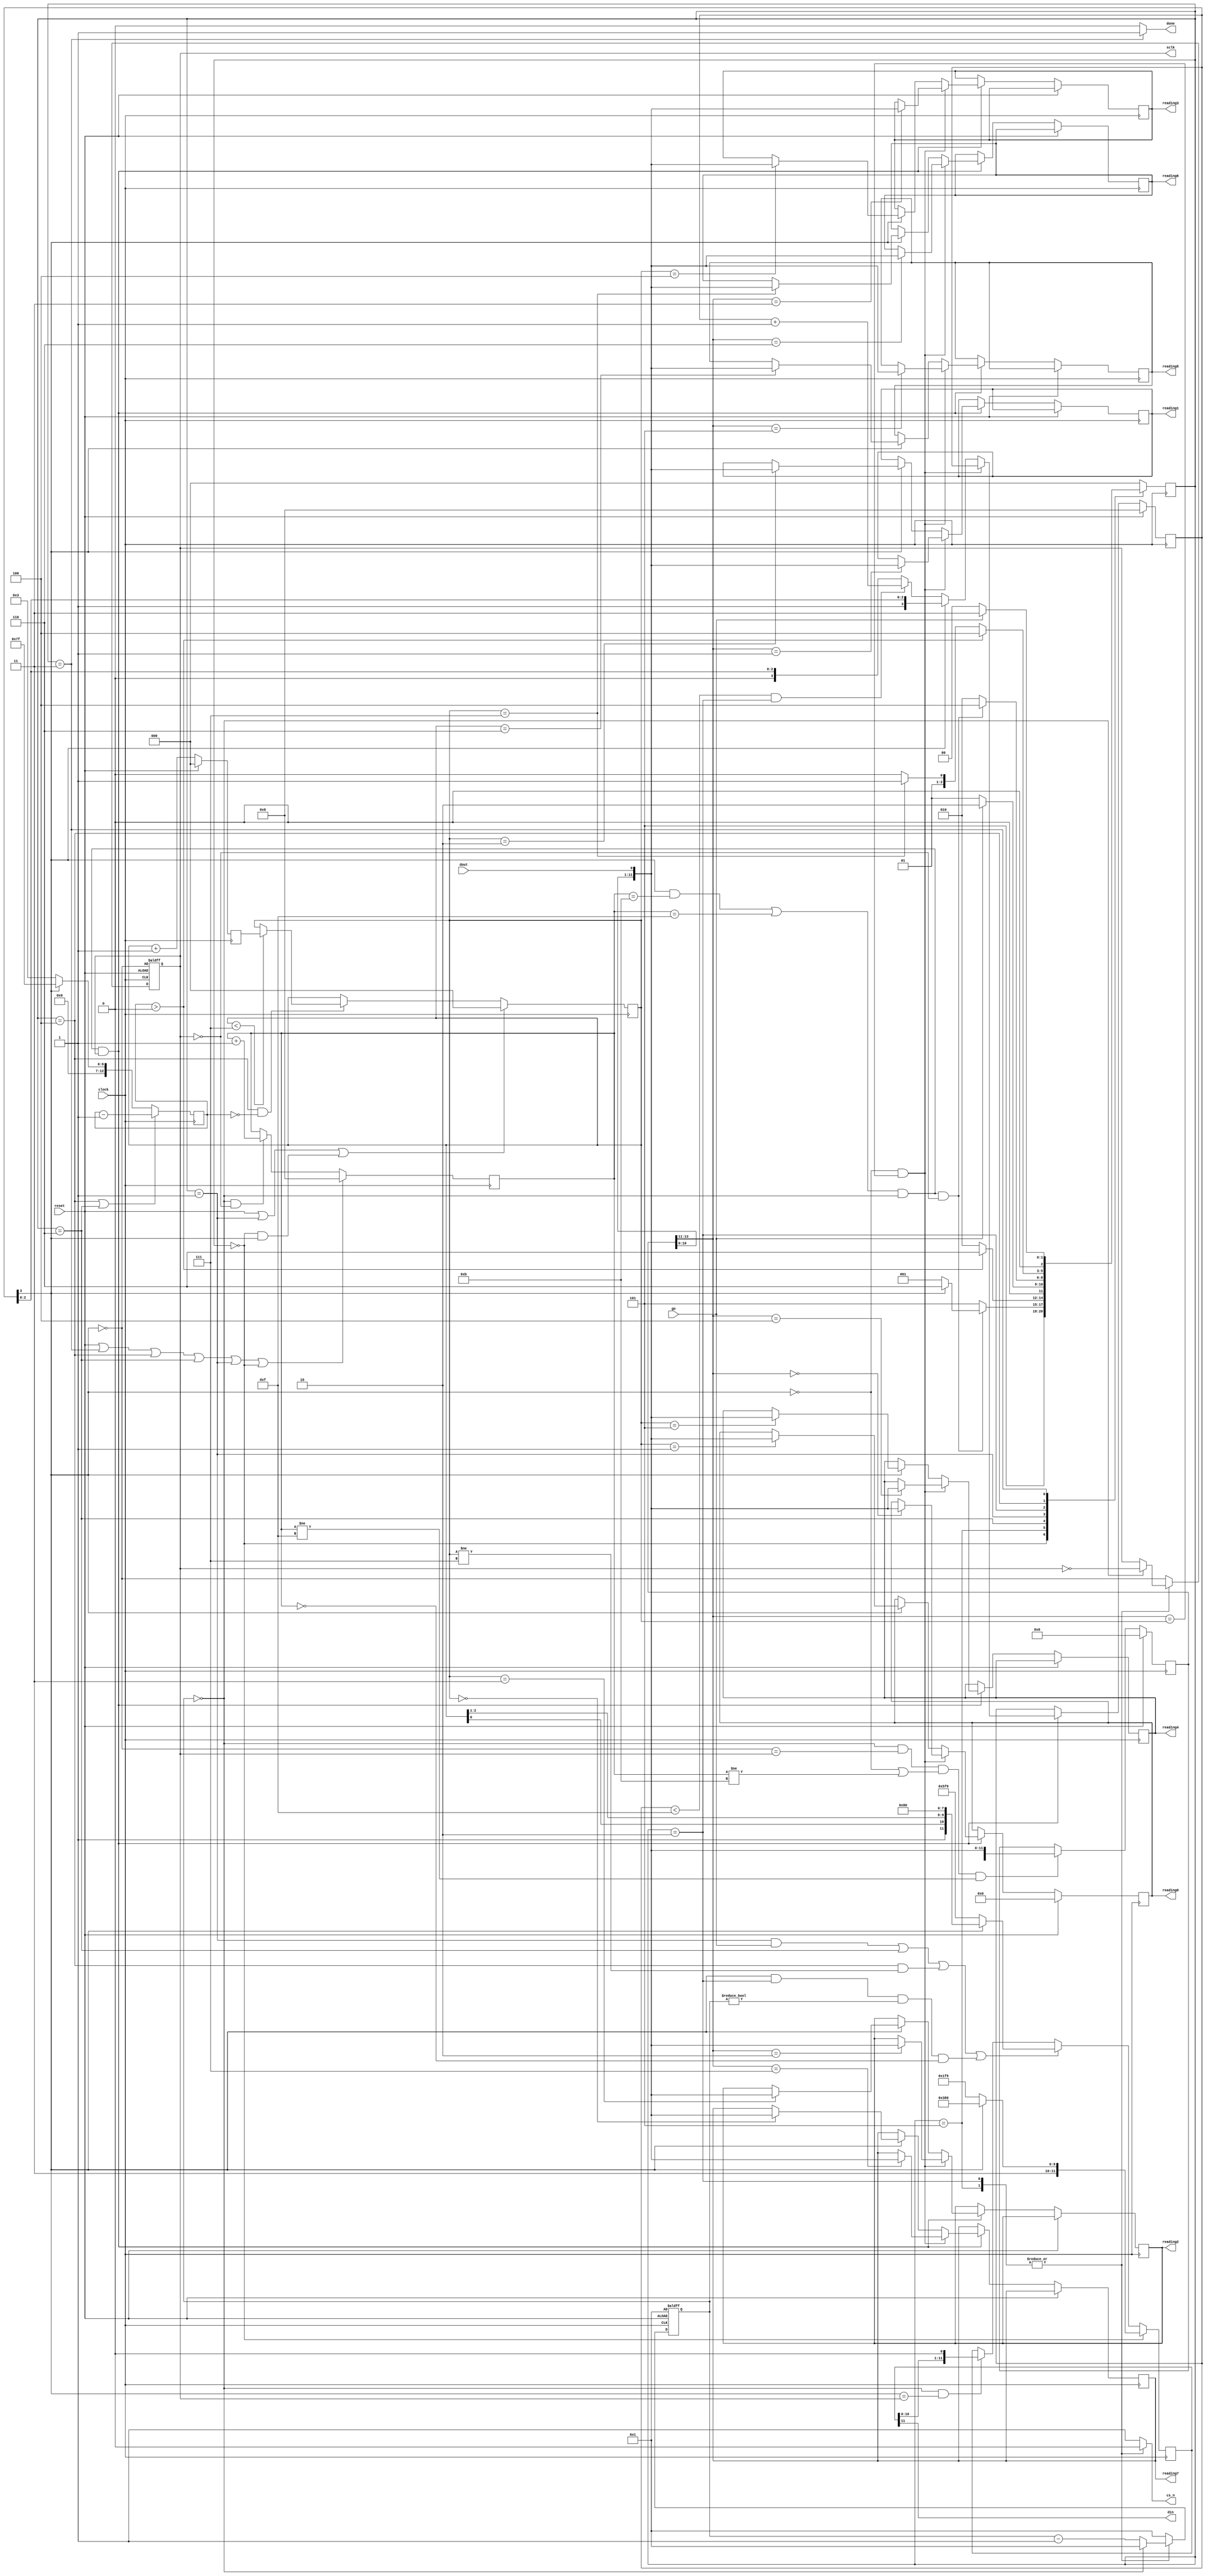
// THIS FILE IS PROVIDED "AS IS", WITHOUT WARRANTY OF ANY KIND, EXPRESS OR
// IMPLIED, INCLUDING BUT NOT LIMITED TO THE WARRANTIES OF MERCHANTABILITY,
// FITNESS FOR A PARTICULAR PURPOSE AND NONINFRINGEMENT. IN NO EVENT SHALL
// THE AUTHORS OR COPYRIGHT HOLDERS BE LIABLE FOR ANY CLAIM, DAMAGES OR OTHER
// LIABILITY, WHETHER IN AN ACTION OF CONTRACT, TORT OR OTHERWISE, ARISING
// FROM, OUT OF OR IN CONNECTION WITH THIS FILE OR THE USE OR OTHER DEALINGS
// IN THIS FILE.

//  - - - - - - - - - -ADC- - - - - - - - - - - - - - -
module altera_up_avalon_de1_soc_adv_adc (clock, reset, go, sclk, cs_n, din, dout, done, reading0, reading1, 
						reading2, reading3, reading4, reading5, reading6, reading7);
input go, dout, clock, reset;

output reg done;
output reg sclk, din, cs_n;
output reg [11:0] reading0, reading1, reading2, reading3, reading4, reading5, reading6, reading7;

parameter T_SCLK = 8'd4;
parameter NUM_CH = 3'd7;
//FSM state values
parameter resetState = 3'd0, waitState=3'd1, transState=3'd2, doneState=3'd3, pauseState=3'd4, initCtrlRegState=3'd5, pauseStateNoAddrIncr=3'd6;

reg [2:0] currState, nextState;
reg [14:0] dout_shift_reg;
reg [11:0] din_shift_reg;
reg [7:0] counter;
reg [12:0] pause_counter;
reg [3:0] sclk_counter;
reg [2:0] address, next_addr;

reg [3:0] ad_or_ltc_error_count = 4'd0;

// if AD7928 chip, isLTC == 0. if LTC 2308 chip, isLTC == 1.
wire isLTC = ad_or_ltc_error_count[3];

wire transStateComplete = ((isLTC && sclk_counter==4'd11) || sclk_counter==4'd15) && counter==0;

always @(posedge clock)
	currState <=nextState;
	
// - - - - -NextState Selection Logic - - - - - - - -
	always @(*)
	begin
		din = din_shift_reg[11];
		if (reset)
			nextState=resetState;
		case (currState)
			resetState:begin
				cs_n=1;
				done=0;
				/*if (isLTC)
					nextState=waitState;
				else*/
					nextState=initCtrlRegState;
			end
			initCtrlRegState:begin
				cs_n=0;
				done=0;
				if (transStateComplete && !sclk)
					if (isLTC)
						nextState = pauseStateNoAddrIncr;
					else
						nextState = waitState;
				else
					nextState=initCtrlRegState;
			end
			pauseStateNoAddrIncr:begin
				cs_n=1;
				done=0;
				if (pause_counter > 13'd0)
					nextState=pauseStateNoAddrIncr;
				else
					nextState=transState;
			end
			waitState:begin
				cs_n=1;
				done=0;
				if (go)
					nextState=transState;
				else
					nextState=waitState;
			end
			transState:begin
				cs_n=0;
				done=0;
				if (transStateComplete && !sclk)
					nextState=pauseState;
				else
					nextState=transState;
			end
			// pause state must be >= 50ns! This is the "tquiet" required between conversions (or tCONV = 1.6us for LTC)
			pauseState:begin
				cs_n=1;
				done=0;
				if (pause_counter > 13'd0)
					nextState=pauseState;
				else if(address==NUM_CH[2:0])
					nextState=doneState;
				else
					nextState=transState;
			end
			doneState:begin
				cs_n=1;
				done=1;
				if (go)
					nextState=doneState;
				else
					nextState=resetState;
			end
			default:begin
				cs_n=1;
				done=0;
				nextState = resetState;
			end
		endcase
	end
// - - - - - - - - - pause counter logic - - - - - - - - - - 
	always @(posedge clock)
	if (currState == pauseState || currState == pauseStateNoAddrIncr)
		pause_counter <= pause_counter - 13'd1;
	else 
		// T_SCLK is such that T_SCLK cycles of clock -> 20MHz or less SCLK.
		if (isLTC)
			pause_counter <= {T_SCLK[7:1],5'd0,(T_SCLK[0]&&sclk)}-8'd1;
		else
			pause_counter <= {5'd0,T_SCLK[7:1],(T_SCLK[0]&&sclk)}-8'd1;
// - - - - - - - - - counter logic - - - - - - - - - - 
	always @(posedge clock or posedge reset)
	if (reset)
		counter <= T_SCLK[7:1]+(T_SCLK[0]&&sclk)-8'd1;
	else if (cs_n)
		counter <= T_SCLK[7:1]+(T_SCLK[0]&&sclk)-8'd1;
	else if (counter == 0)
		counter <= T_SCLK[7:1]+(T_SCLK[0]&&sclk)-8'd1;
	else
		counter <= counter - 8'b1;
// - - - - - - - - ADC_SCLK generation - - - - - - - - - 
	always @(posedge clock or posedge reset)
	if (reset)
		sclk <= ~isLTC;
	else if (cs_n)
		sclk <= ~isLTC;
	else if (counter == 0)
		sclk <= ~sclk;
// - - - - - - - - - - - sclk_counter logic - - - - - - - -
	always @ (posedge clock)
		if (reset || currState == doneState || currState == pauseState || currState == pauseStateNoAddrIncr || currState == waitState || currState == resetState)
			sclk_counter <=4'b0;
		else if (counter == 0 && !sclk)
			sclk_counter <= sclk_counter + 4'b1;
// - - - - - - - - - - readings logic - - - - - - - - - -
	always @(posedge clock)
		if (reset)
		begin
			reading0 <= 12'd0;
			//ad_or_ltc <= 1'b0;
			ad_or_ltc_error_count <= 4'd0;
		end
		else if (transStateComplete && sclk)
		begin
			if (!isLTC && dout_shift_reg[13:11] == address)
				case (dout_shift_reg[13:11])
					3'd0: reading0 <= {dout_shift_reg[10:0],dout}; // should be {dout_shift_reg[10:0],dout}
					3'd1: reading1 <= {dout_shift_reg[10:0],dout};
					3'd2: reading2 <= {dout_shift_reg[10:0],dout};
					3'd3: reading3 <= {dout_shift_reg[10:0],dout};
					3'd4: reading4 <= {dout_shift_reg[10:0],dout};
					3'd5: reading5 <= {dout_shift_reg[10:0],dout};
					3'd6: reading6 <= {dout_shift_reg[10:0],dout};
					3'd7: reading7 <= {dout_shift_reg[10:0],dout};
				endcase
			else if (isLTC)
				case (address)
					3'd0: reading7 <= {dout_shift_reg[10:0],dout}; // should be {dout_shift_reg[10:0],dout}
					3'd1: reading0 <= {dout_shift_reg[10:0],dout};
					3'd2: reading1 <= {dout_shift_reg[10:0],dout};
					3'd3: reading2 <= {dout_shift_reg[10:0],dout};
					3'd4: reading3 <= {dout_shift_reg[10:0],dout};
					3'd5: reading4 <= {dout_shift_reg[10:0],dout};
					3'd6: reading5 <= {dout_shift_reg[10:0],dout};
					3'd7: reading6 <= {dout_shift_reg[10:0],dout};
				endcase

			else if (ad_or_ltc_error_count < 4'd15 && currState == transState)
				ad_or_ltc_error_count <= ad_or_ltc_error_count + 4'd1;
				//ad_or_ltc <= 1'b1;
		end
// - - - - - - - - - address logic - - - - - - - - -
	always @(posedge clock)
		if (reset || currState == waitState || (currState == resetState && isLTC))
			address <= 3'd0;
		else if (currState == pauseState && pause_counter == 13'd0)
			if (address < NUM_CH[2:0])
				address <= next_addr;
			/*if (address >= NUM_CH[2:0])
				address <= 3'd0;
			else
				address <= next_addr;*/
// - - - - - - - - - - dout_shift_reg logic - - - - - - - - - - - - 
	always @(posedge clock)
		if (reset)
			dout_shift_reg <= 15'd0;
		else if (counter==0 && ~isLTC == sclk && (!isLTC || sclk_counter != 4'd11) && sclk_counter != 4'd15)
			dout_shift_reg [14:0] <= {dout_shift_reg [13:0], dout};
// - - - - - - - - - - din_shift_reg logic - - - - - - - - -
	always @(posedge clock)
		if (currState == resetState)
			if (isLTC)
				din_shift_reg <= {1'b1,NUM_CH[2:0],2'b10,6'd0};// S/D, O/S, S1, S0, UNI, SLP
			else
				din_shift_reg <= {3'b110,NUM_CH[2:0],6'b111001};     //13'hDF9; // Ctrl reg initialize to 0xdf90. MSB is a dummy value that doesnt actually get used
		else if ((currState == waitState && go) || currState == pauseStateNoAddrIncr ||
					(currState == pauseState && address != NUM_CH[2:0]) ||
					(isLTC && currState == transState && counter != 0 &&  sclk_counter == 4'd0)) // For LTC, grab immediately after transition to transState
			if (isLTC)
				din_shift_reg <= {1'b1,address[0],address[2],address[1],2'b10,6'd0};// S/D, O/S, S1, S0, UNI, SLP
			else
				din_shift_reg <= {3'b010,NUM_CH[2:0],6'b111001};     //13'h5DF9  WRITE=0,SEQ=1,DONTCARE,ADDR2,ADDR1,ADDR0,DONTCARE*6
		else if (counter == 8'd0 && isLTC == sclk)
			din_shift_reg <={din_shift_reg[10:0],1'b0};
// - - - - - - - - - - next_addr logic - - - - - - - - - - - -
	always @(posedge clock)
		if (reset)
			next_addr <= 3'd0;
		else
			next_addr <= address + 3'b1;
		
endmodule